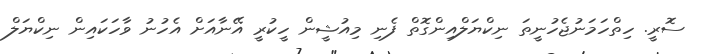
ސޮރީ. ހިތްހަމަނުޖެހުނީތަ ނިކްޔަލްއިންގޮތް ފެނި މިއުޝީން ހީކުރީ އޭނާއަށް އެހުނު ވާހަކައިން ނިކްޔަލް